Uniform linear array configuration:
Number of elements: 12
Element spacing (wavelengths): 0.5
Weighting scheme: binomial
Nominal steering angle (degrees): -30
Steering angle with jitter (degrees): -30.695
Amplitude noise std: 0.05
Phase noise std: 0.05

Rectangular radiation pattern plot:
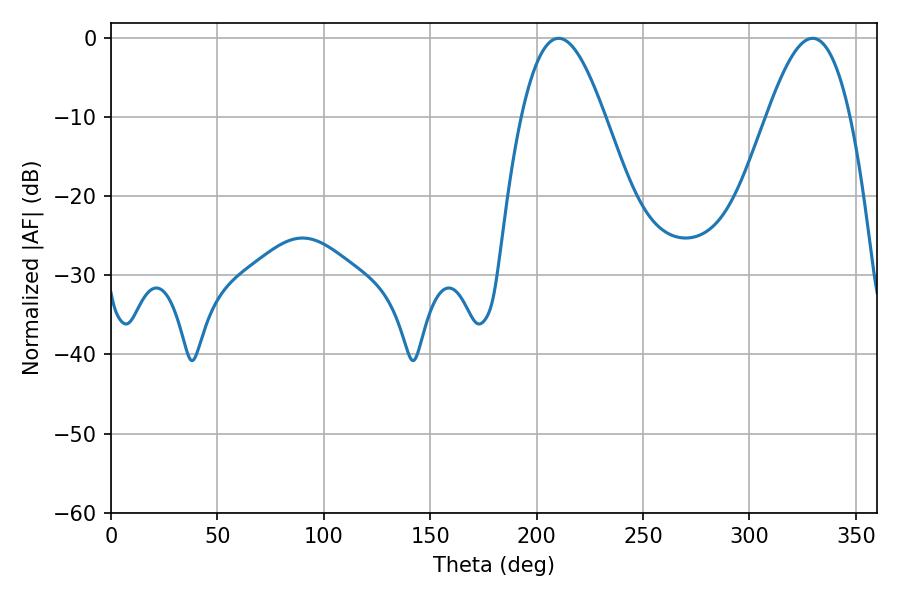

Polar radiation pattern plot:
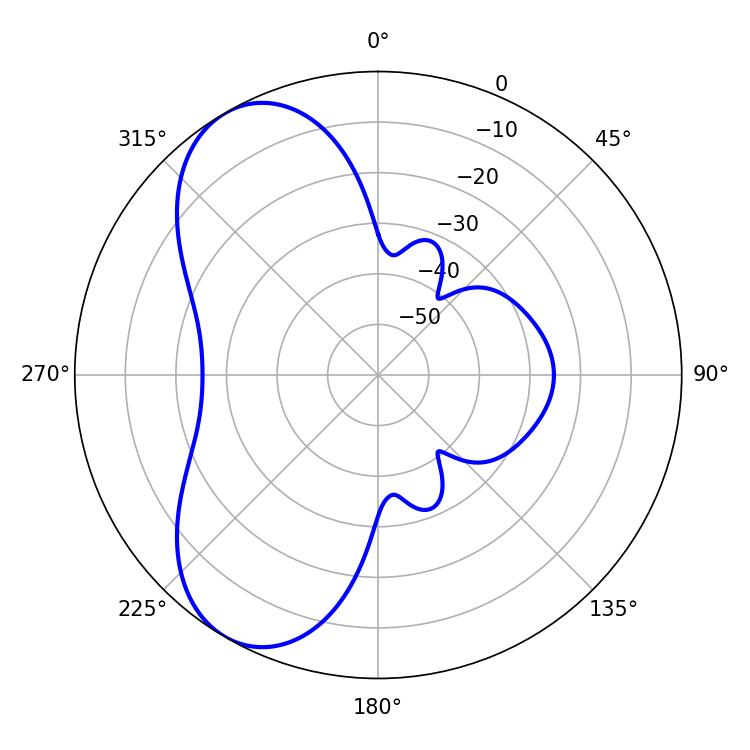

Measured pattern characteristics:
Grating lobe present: FALSE
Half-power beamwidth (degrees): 21.24
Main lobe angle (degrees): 210.24